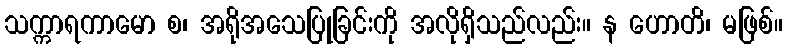
သက္ကာရကာမော စ၊ အရိုအသေပြုခြင်းကို အလိုရှိသည်လည်း။ န ဟောတိ၊ မဖြစ်။